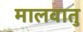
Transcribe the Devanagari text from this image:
मालवातु